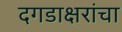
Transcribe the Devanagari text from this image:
दगडाक्षरांचा